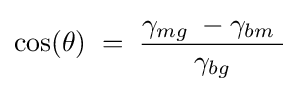
{\cos(\theta )\;=\;{\frac {\gamma _{mg}\;-\gamma _{bm}\;}{\gamma _{bg}}}}